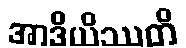
အာဒိယိဿတိ